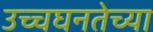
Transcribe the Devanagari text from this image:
उच्चघनतेच्या